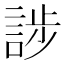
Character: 𮘘